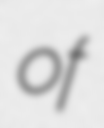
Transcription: of